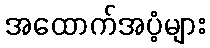
အထောက်အပံ့များ